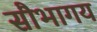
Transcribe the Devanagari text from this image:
सौभागय